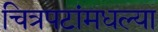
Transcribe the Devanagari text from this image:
चित्रपटांमधल्या